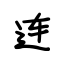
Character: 连